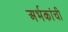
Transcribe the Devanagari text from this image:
अर्भकांची